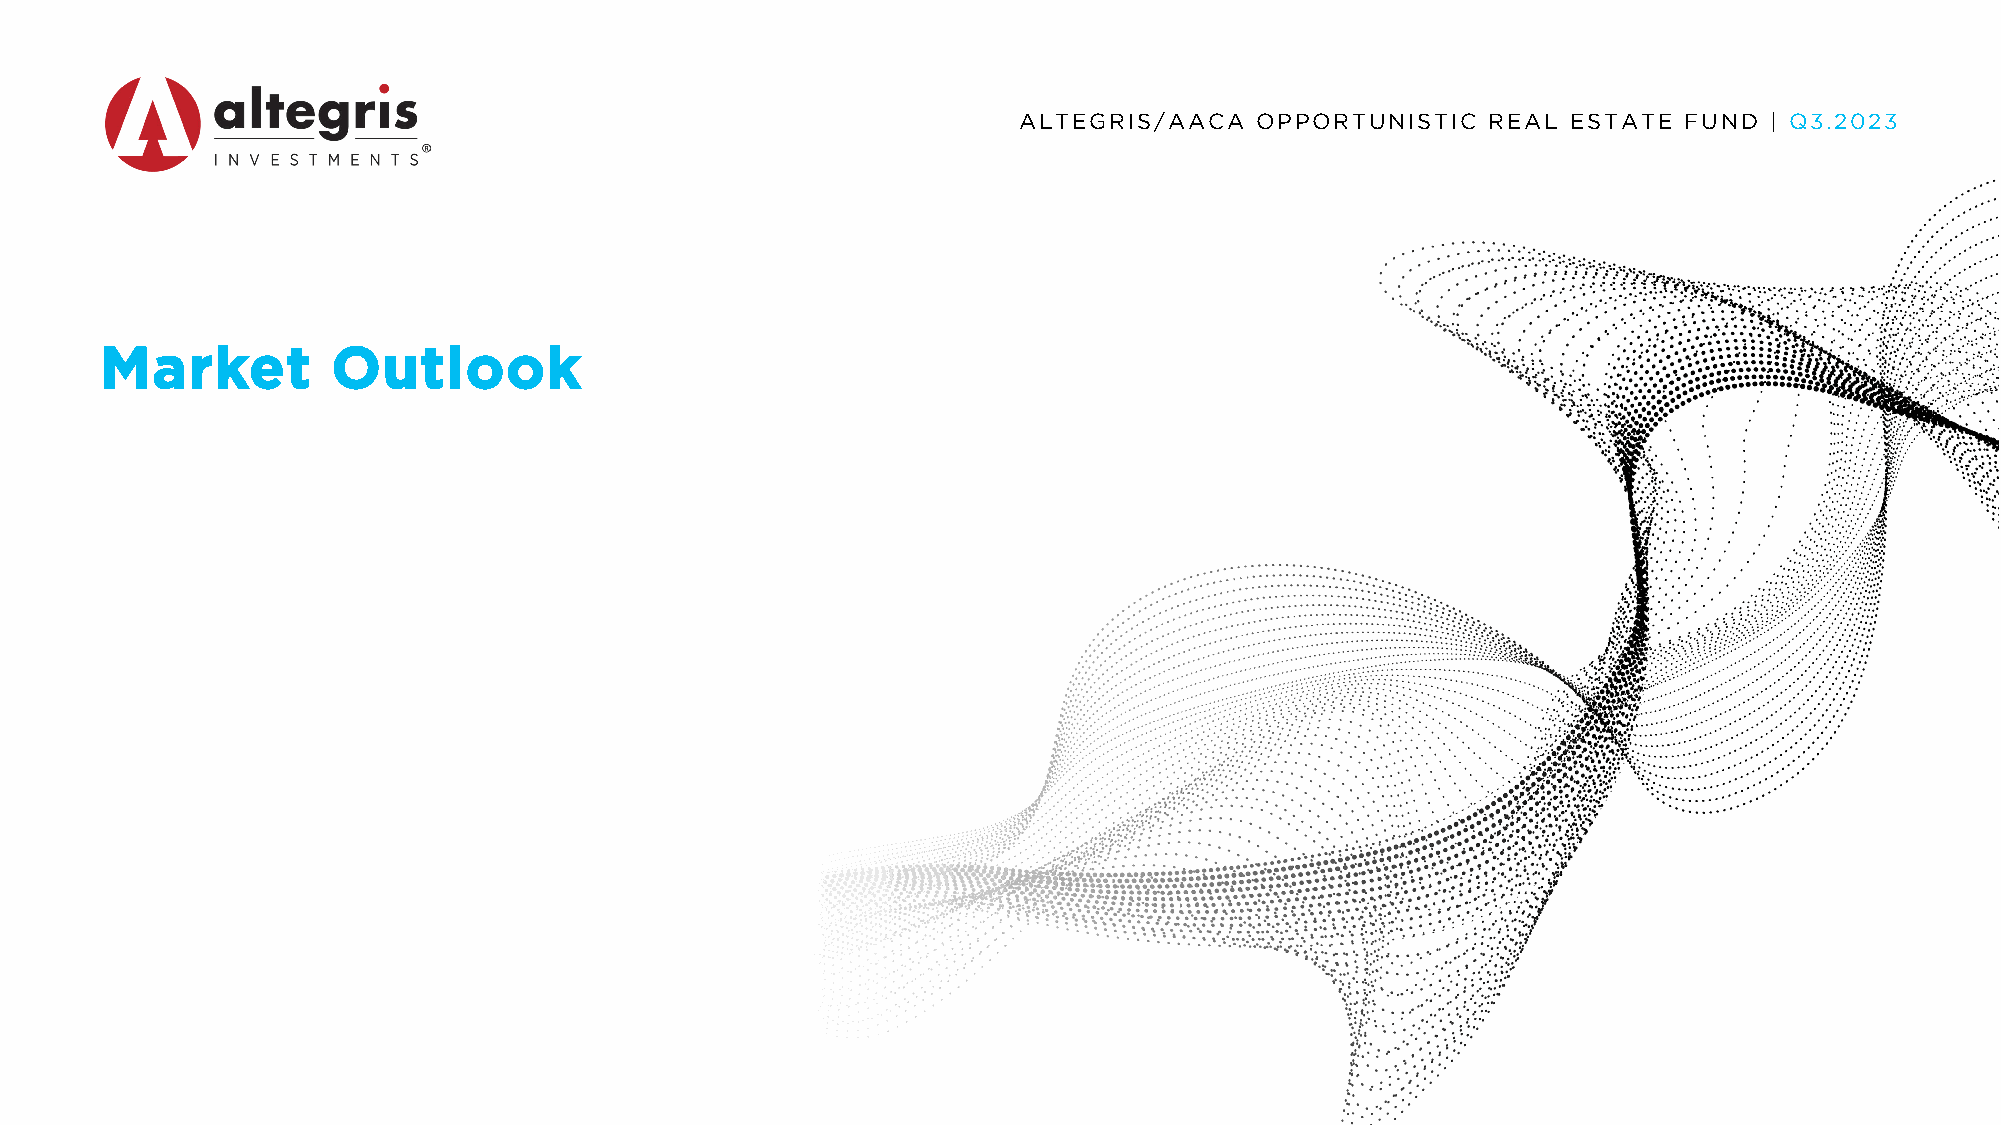
ALTEGRIS/AACA   OPPORTUNISTIC  REAL  ESTATE FUND  | Q3.2023
 Market         Outlook